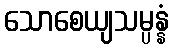
သောစေယျသမ္ပန္နံ